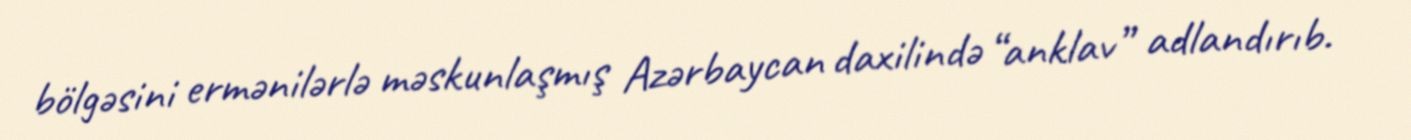
bölgəsini ermənilərlə məskunlaşmış Azərbaycan daxilində “anklav” adlandırıb.